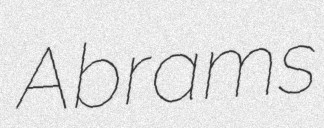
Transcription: Abrams